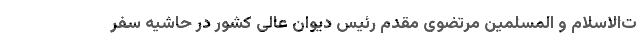
ت‌الاسلام و المسلمین مرتضوی مقدم رئیس دیوان عالی کشور در حاشیه سفر